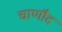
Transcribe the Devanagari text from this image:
चाणौद